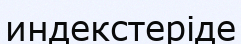
индекстеріде